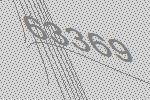
63369